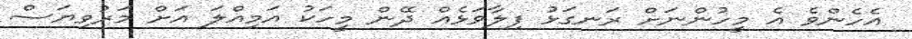
އެހެންވެ އެ މީހުންނަށް ރަނގަޅު ފިލާވަޅެއް ދޭން މީހަކު އަމިއްލަ އަށް މަރުވިޔަސް